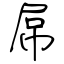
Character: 屌